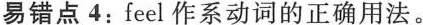
易错点 4:feel 作系动词的正确用法。